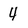
Character: 4